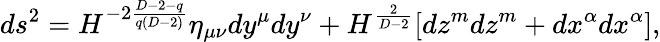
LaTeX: ds^{2}=H^{-2\frac{D-2-q}{q(D-2)}}\eta_{\mu\nu}dy^{\mu}dy^{\nu}+H^{\frac{2}{D-2}}[dz^{m}dz^{m}+dx^{\alpha}dx^{\alpha}],